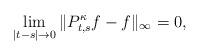
LaTeX: \begin{align*} \lim_{|t-s|\to 0}\|P^\kappa_{t,s}f-f\|_\infty=0, \end{align*}